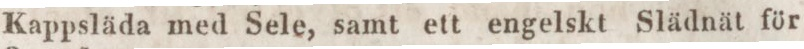
Kappsläda med Sele, samt ett engelskt Slädnät för